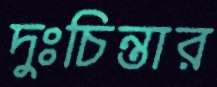
দুঃচিন্তার